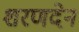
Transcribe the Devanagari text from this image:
शरणदेन